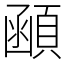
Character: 顄